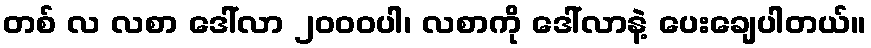
တစ် လ လစာ ဒေါ်လာ ၂၀၀၀ပါ၊ လစာကို ဒေါ်လာနဲ့ ပေးချေပါတယ်။